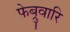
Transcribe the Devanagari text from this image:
फेब्रुवारि